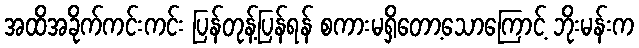
အထိအခိုက်ကင်းကင်း ပြန်တုန့်ပြန်ရန် စကားမရှိတော့သောကြောင့် ဘိုးမန်းက